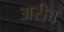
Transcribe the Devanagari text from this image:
अरीब